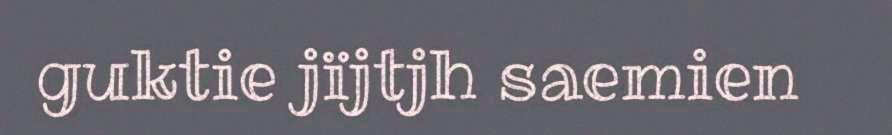
guktie jïjtjh saemien